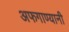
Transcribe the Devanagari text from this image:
अफगाण्यानी